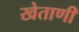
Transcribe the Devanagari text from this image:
खेताणी